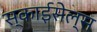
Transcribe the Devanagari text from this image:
स्काईसेल्स